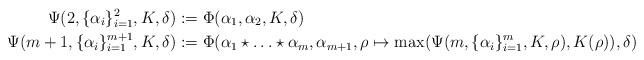
LaTeX: \begin{align*}\Psi(2,\{\alpha_i\}_{i=1}^2,K,\delta)&:=\Phi(\alpha_1,\alpha_2,K,\delta)\\\Psi(m+1,\{\alpha_i\}_{i=1}^{m+1},K,\delta)&:=\Phi(\alpha_1\star\ldots\star\alpha_m,\alpha_{m+1},\rho\mapsto\max(\Psi(m,\{\alpha_i\}_{i=1}^m,K,\rho),K(\rho)) ,\delta)\end{align*}